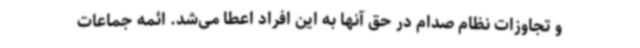
و تجاوزات نظام صدام در حق آنها به این افراد اعطا می‌شد. ائمه جماعات